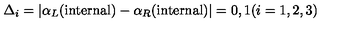
\Delta _ { i } = \vert \alpha _ { L } ( \mathrm { i n t e r n a l } ) - \alpha _ { R } ( \mathrm { i n t e r n a l } ) \vert = 0 , 1 ( i = 1 , 2 , 3 )